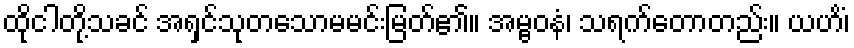
ထိုငါတို့သခင် အရှင်သုတသောမမင်းမြတ်၏။ အမ္ဗဝနံ၊ သရက်တောတည်း။ ယဟိံ၊